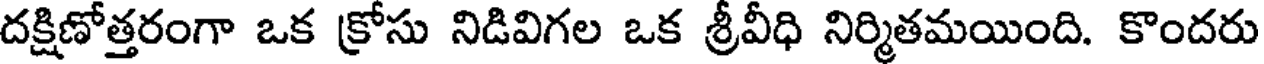
దక్షిణోత్తరంగా ఒక క్రోసు నిడివిగల ఒక శ్రీవీధి నిర్మితమయింది. కొందరు